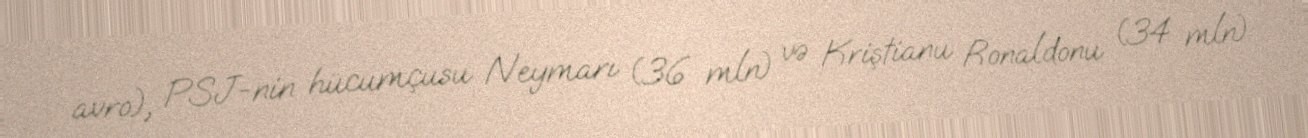
avro), PSJ-nin hücumçusu Neymarı (36 mln) və Kriştianu Ronaldonu (34 mln)